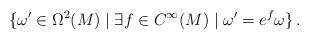
LaTeX: \begin{align*}\{\omega'\in\Omega^2(M) \mid \exists f\in C^\infty(M) \mid \omega'=e^f\omega\}\,.\end{align*}